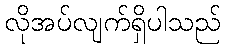
လိုအပ်လျက်ရှိပါသည်